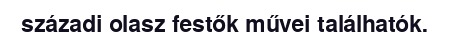
századi olasz festők művei találhatók.